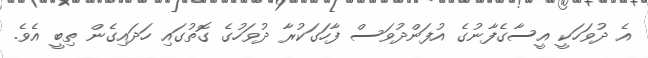
އެ ދުވަހަކީ އީސާގެފާނުގެ އުފަންދުވަސް ފާހަގަކުރާ ދުވަހުގެ ގޮތުގައި ހަދައިގެން ތިބީ އެވެ.